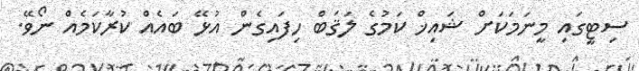
ސިޓީގައި މީނަމަކަށް ޝައިޚް ކަމުގެ ލަޤަބް ހިފައިގެން އުޅޭ ބައެއް ކުރާކަމެއް ނޯވޭ.